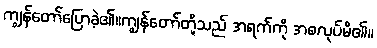
ကျွန်တော်ပြောခဲ့၏။ကျွန်တော်တို့သည် အရက်ကို အစလုပ်မိ၏။